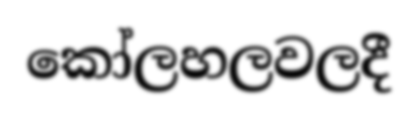
කෝලහලවලදී